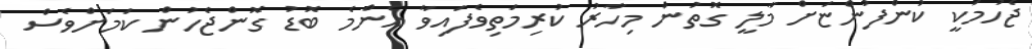
ޖެހުމަކީ ކުންފުންޏަށް މާލީ ގޮތުން މިހާރު ކުރިމަތިވެފައިވާ އެންމެ ބޮޑު ގޮންޖެހުން ކަމަށްވެސް